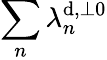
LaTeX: \sum_{n}\lambda_{n}^{\mathrm{d},\perp 0}